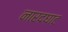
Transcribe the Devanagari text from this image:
नारदघाट